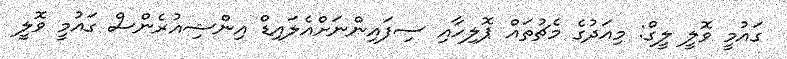
ގައުމީ ވޮލީ ލީގް: މިއަދުގެ މެޗުތައް ޕޮލިހާއި ސިފައިންނަށްއެލައިޑް އިންޝިއުރެންސް ގައުމީ ވޮލީ